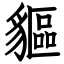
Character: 貙